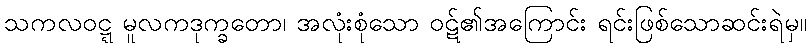
သကလဝဋ္ဋ မူလကဒုက္ခတော၊ အလုံးစုံသော ဝဋ်၏အကြောင်း ရင်းဖြစ်သောဆင်းရဲမှ။